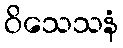
ဝိသေသနံ